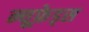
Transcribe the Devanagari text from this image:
न्यूफ़ेड्स